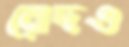
রোদও